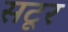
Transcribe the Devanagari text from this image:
सटूर